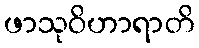
ဖာသုဝိဟာရာတိ